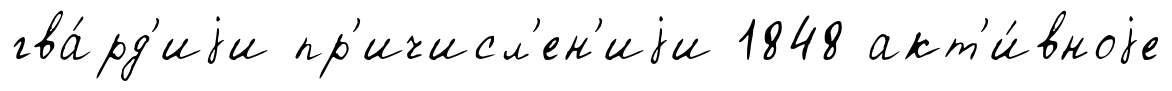
гва́рд'иjи пр'ичисл'ен'иjи 1848 акт'и́вноjе